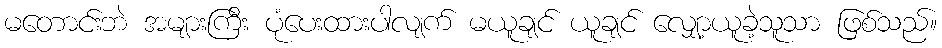
မတောင်းဘဲ အများကြီး ပုံပေးထားပါလျက် မယူချင် ယူချင် လျှော့ယူခဲ့သူသာ ဖြစ်သည်။